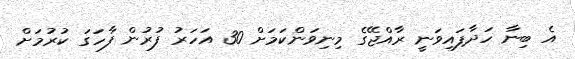
އެ ބިނާ ހަދާފައިވަނީ ރާއްޖޭގެ މިނިވަންކަމަށް 30 އަހަރު ފުރުން ފާހަގަ ކުރުމަށް